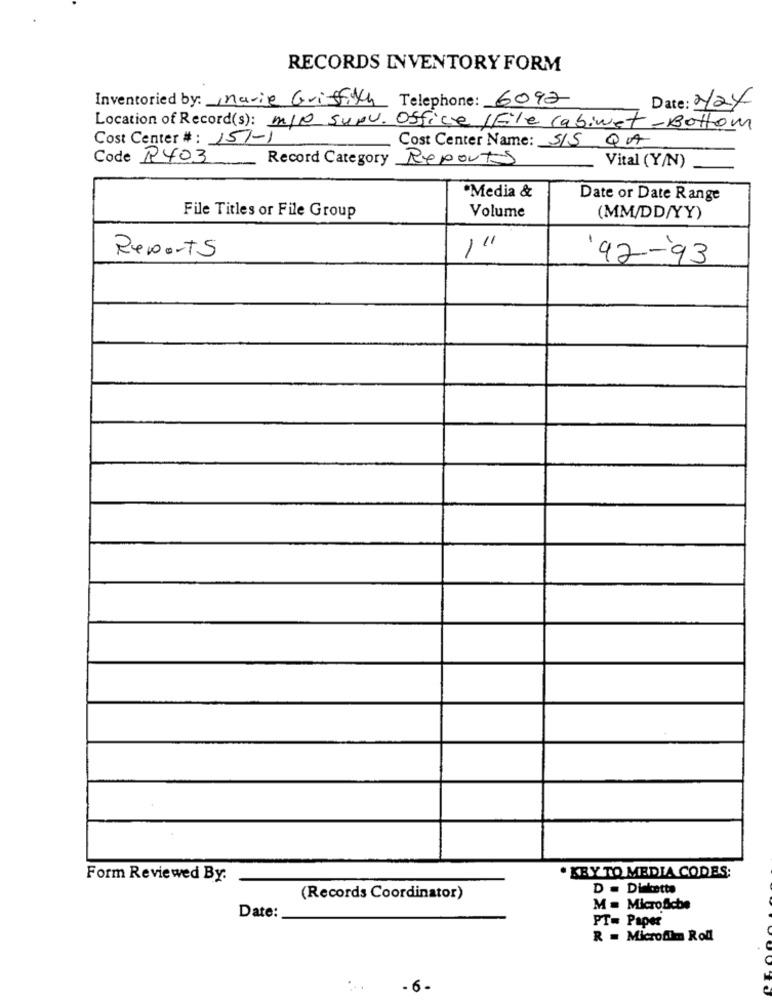
RECORDS INVENTORY FORM
Inventoried by: Marie Griffith Telephone: 6092
Date: 224
Location of Record(s): m/p surv. Office /File Cabinet-Bottom
Cost Center # : 151-1
Cost Center Name: SIS QA
Code P403
Record Category Reports
Vital (Y/N)
·Media &
Date or Date Range
File Titles or File Group
Volume
(MM/DD/YY)
Reports
92-93
. KRY TO MEDIA CODES;
Form Reviewed By.
D . Diskette
(Records Coordinator)
M = MicroSiche
Date:
PT= Paper
R = Microfilm Roll
- 6-